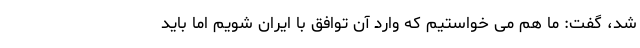
شد، گفت: ما هم می خواستیم که وارد آن توافق با ایران شویم اما باید